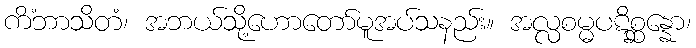
ကိံဘာသိတံ၊ အဘယ်သို့ဟောတော်မူအပ်သနည်း။ အလ္လစမ္မပဋိစ္ဆန္နော၊